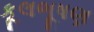
કૂલભૂષણ